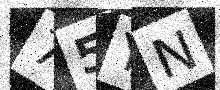
Text: 75YN